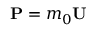
\mathbf { P } = m _ { 0 } \mathbf { U }